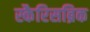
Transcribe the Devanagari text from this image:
स्कैरिसब्रिक